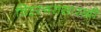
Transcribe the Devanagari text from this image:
चिट्टस्वरांसारखी